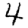
Digit: 4